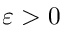
\varepsilon > 0